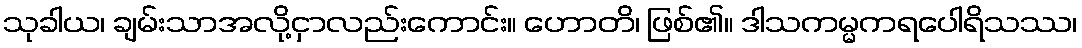
သုခါယ၊ ချမ်းသာအလို့ငှာလည်းကောင်း။ ဟောတိ၊ ဖြစ်၏။ ဒါသကမ္မကရပေါရိသဿ၊